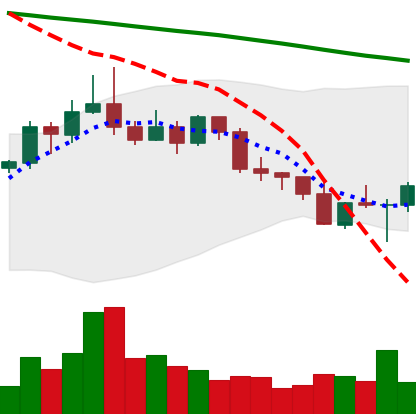
Ticker: ETC-USD
Chart end date: 2022-02-25
Forward return: 5.399%
Label: up_5_7